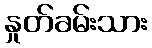
နှုတ်ခမ်းသား